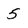
Character: 5